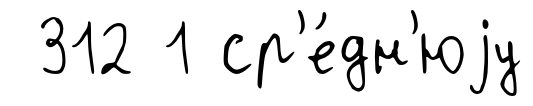
312 1 ср'е́дн'юjу